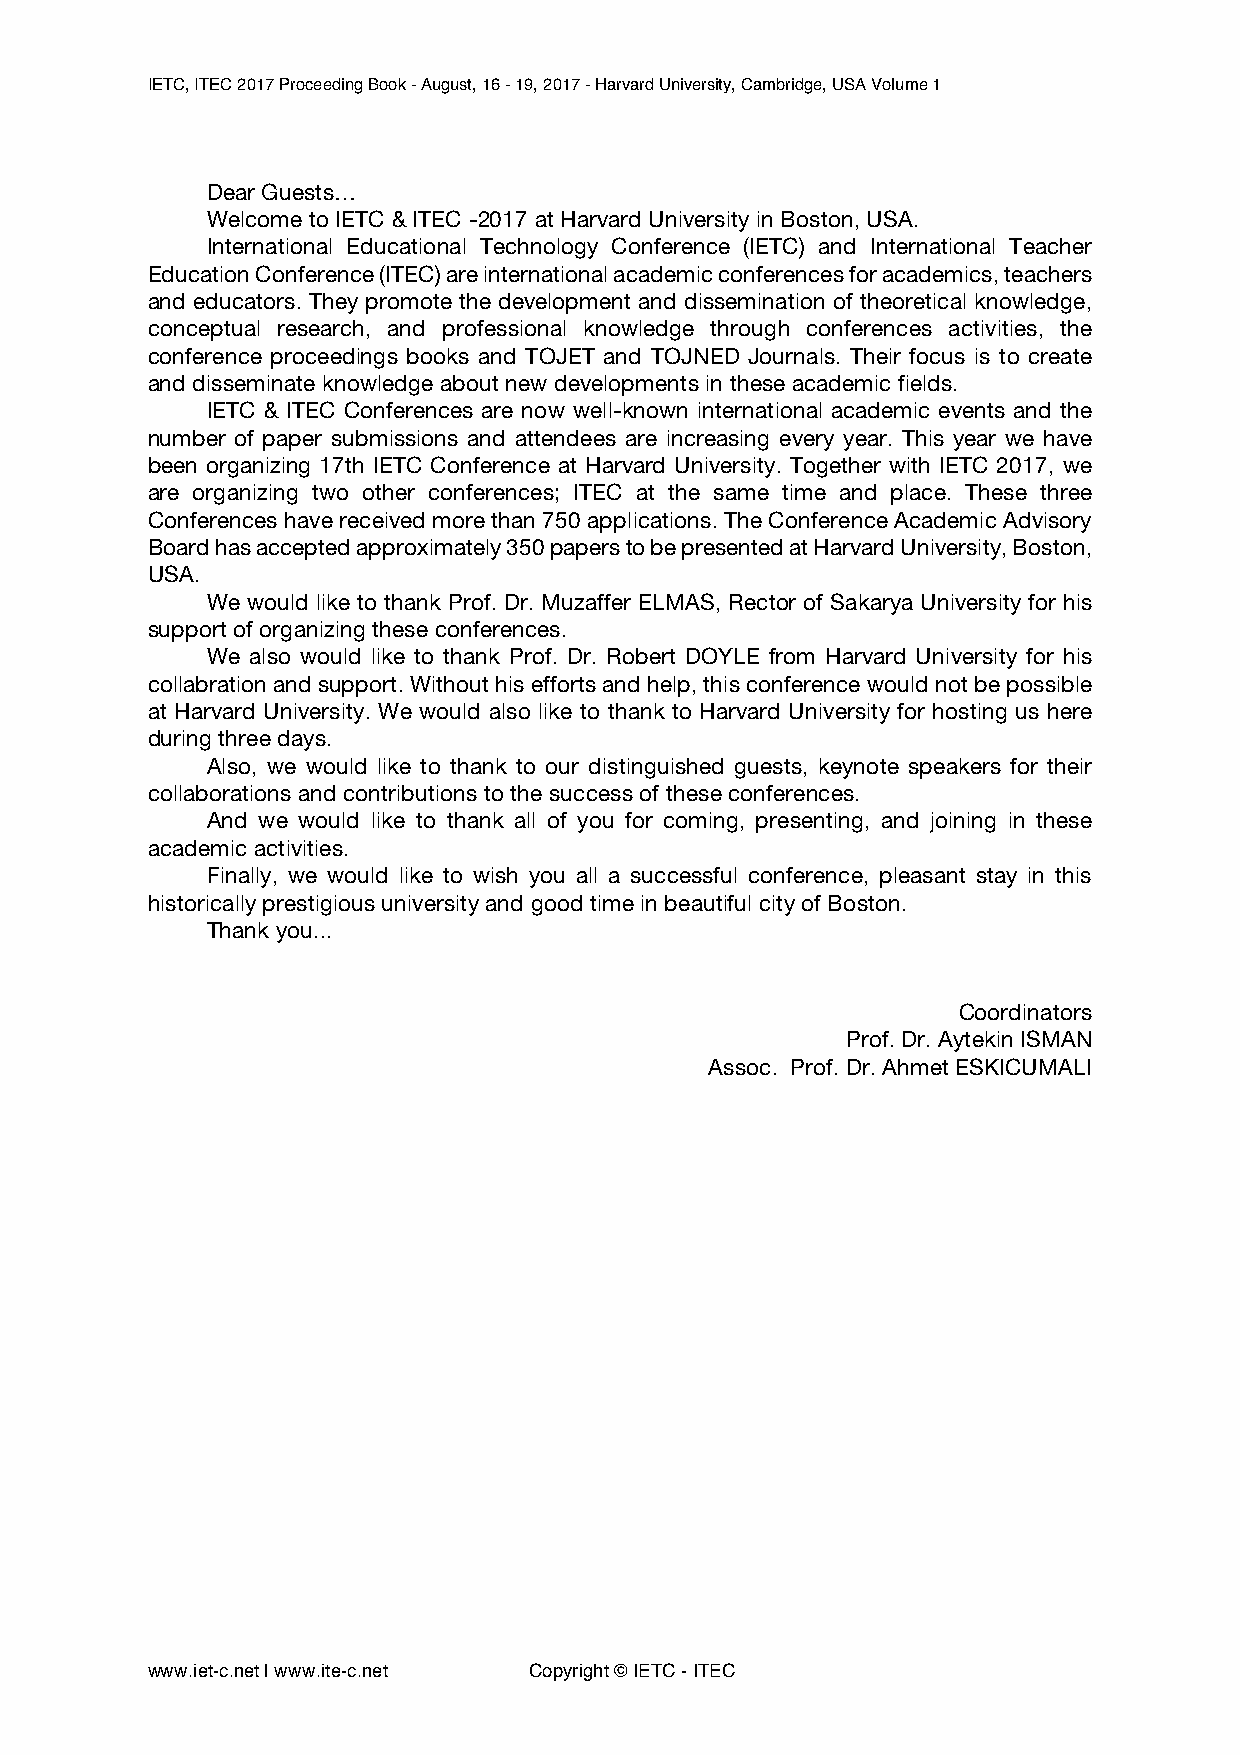
IETC, ITEC 2017 Proceeding Book - August, 16 - 19, 2017 - Harvard University, Cambridge, USA Volume 1
 Dear Guests…
 Welcome to IETC & ITEC -2017 at Harvard University in Boston, USA.
 International Educational Technology Conference (IETC) and International Teacher
 Education Conference (ITEC) are international academic conferences for academics, teachers
 and educators. They promote the development and dissemination of theoretical knowledge,
 conceptual research, and professional knowledge through conferences activities, the
 conference proceedings books and TOJET and TOJNED Journals. Their focus is to create
 and disseminate knowledge about new developments in these academic fields.
 IETC & ITEC Conferences are now well-known international academic events and the
 number of paper submissions and attendees are increasing every year. This year we have
 been organizing 17th IETC Conference at Harvard University. Together with IETC 2017, we
 are organizing two other conferences; ITEC at the same time and place. These three
 Conferences have received more than 750 applications. The Conference Academic Advisory
 Board has accepted approximately 350 papers to be presented at Harvard University, Boston,
 USA.
 We would like to thank Prof. Dr. Muzaffer ELMAS, Rector of Sakarya University for his
 support of organizing these conferences.
 We also would like to thank Prof. Dr. Robert DOYLE from Harvard University for his
 collabration and support. Without his efforts and help, this conference would not be possible
 at Harvard University. We would also like to thank to Harvard University for hosting us here
 during three days.
 Also, we would like to thank to our distinguished guests, keynote speakers for their
 collaborations and contributions to the success of these conferences.
 And we would like to thank all of you for coming, presenting, and joining in these
 academic activities.
 Finally, we would like to wish you all a successful conference, pleasant stay in this
 historically prestigious university and good time in beautiful city of Boston.
 Thank you...
 Coordinators
 Prof. Dr. Aytekin ISMAN
 Assoc. Prof. Dr. Ahmet ESKICUMALI
 www.iet-c.net | www.ite-c.net Copyright © IETC - ITEC